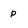
Character: p